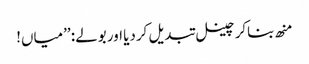
منھ بناکر چینل تبدیل کردیا اور بولے: ’’میاں!